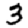
Digit: 3